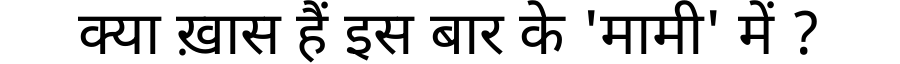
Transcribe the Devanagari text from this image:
क्या ख़ास हैं इस बार के 'मामी' में ?